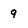
Character: 9